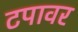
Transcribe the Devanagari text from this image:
टपावर